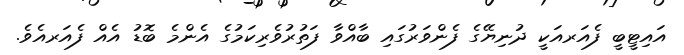
އައިޓީބީ ފެއަރއަކީ ދުނިޔޭގެ ފެންވަރުގައި ބާއްވާ ފަތުރުވެރިކަމުގެ އެންމެ ބޮޑު އެއް ފެއަރއެވެ.